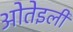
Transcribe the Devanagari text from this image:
ओतेइली